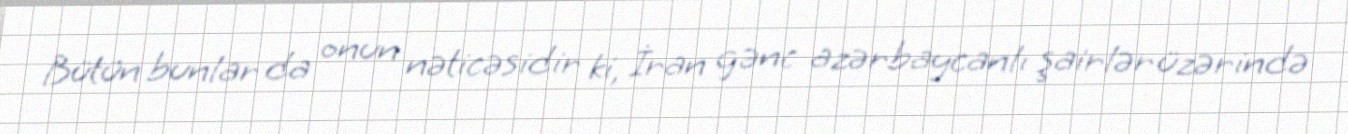
Bütün bunlar da onun nəticəsidir ki, İran gənc azərbaycanlı şairlər üzərində